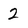
Character: 2